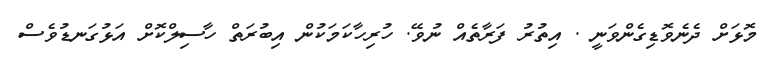
މޮޅަށް ދެނެވޮޑިގެންވަނީ . އިތުރު ފަރާތެއް ނުވޭ. ހުރިހާކަމަކުން އިބުރަތް ހާސިލްކޮށް އަޅުގަނޑުވެސް